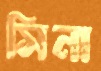
সিনা